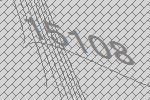
15108